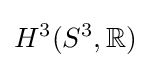
H^{3}(S^{3},\mathbb {R} )